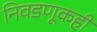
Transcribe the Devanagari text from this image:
निवडणूकही